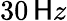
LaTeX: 30\, \mathsf{H}z